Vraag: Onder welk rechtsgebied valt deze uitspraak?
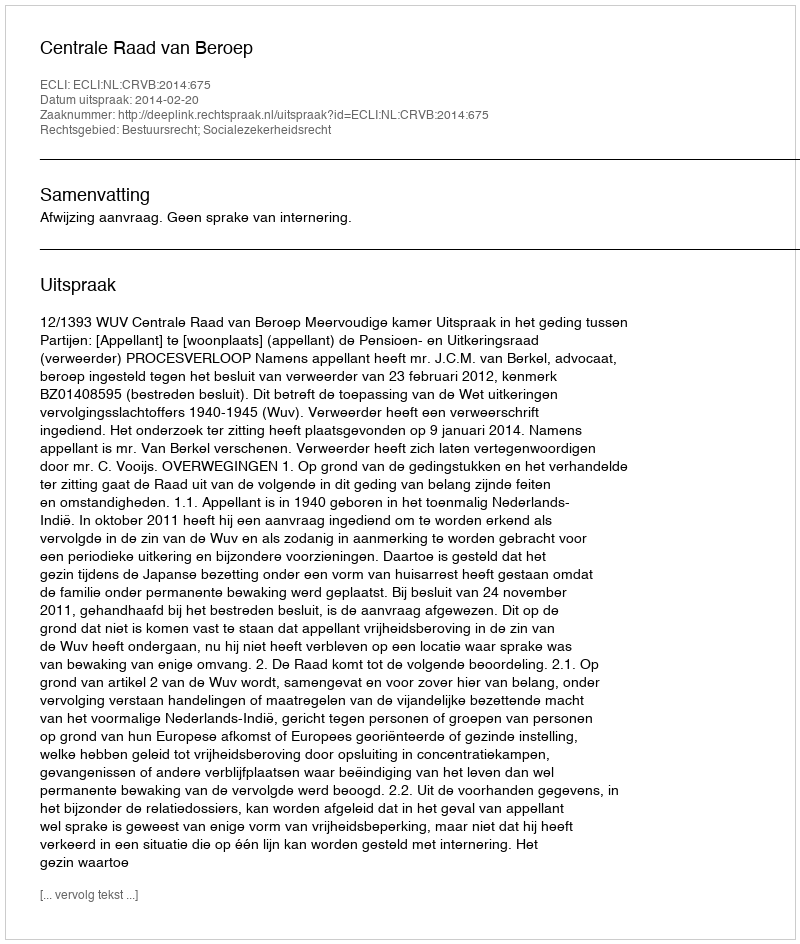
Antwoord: Bestuursrecht; Socialezekerheidsrecht